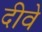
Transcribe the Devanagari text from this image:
दीवे